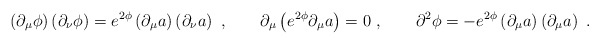
\begin{align*}\left( \partial_\mu \phi \right)\left( \partial_\nu \phi \right)= e^{2\phi} \left( \partial_\mu a \right) \left( \partial_\nu a \right)\ ,\qquad\partial_\mu \left( e^{2\phi} \partial_\mu a \right) = 0\ ,\qquad\partial^2 \phi = - e^{2\phi}\left( \partial_\mu a \right) \left( \partial_\mu a \right)\ .\end{align*}